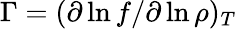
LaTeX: \Gamma=(\partial\ln f/\partial\ln\rho)_{T}